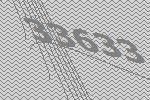
33633